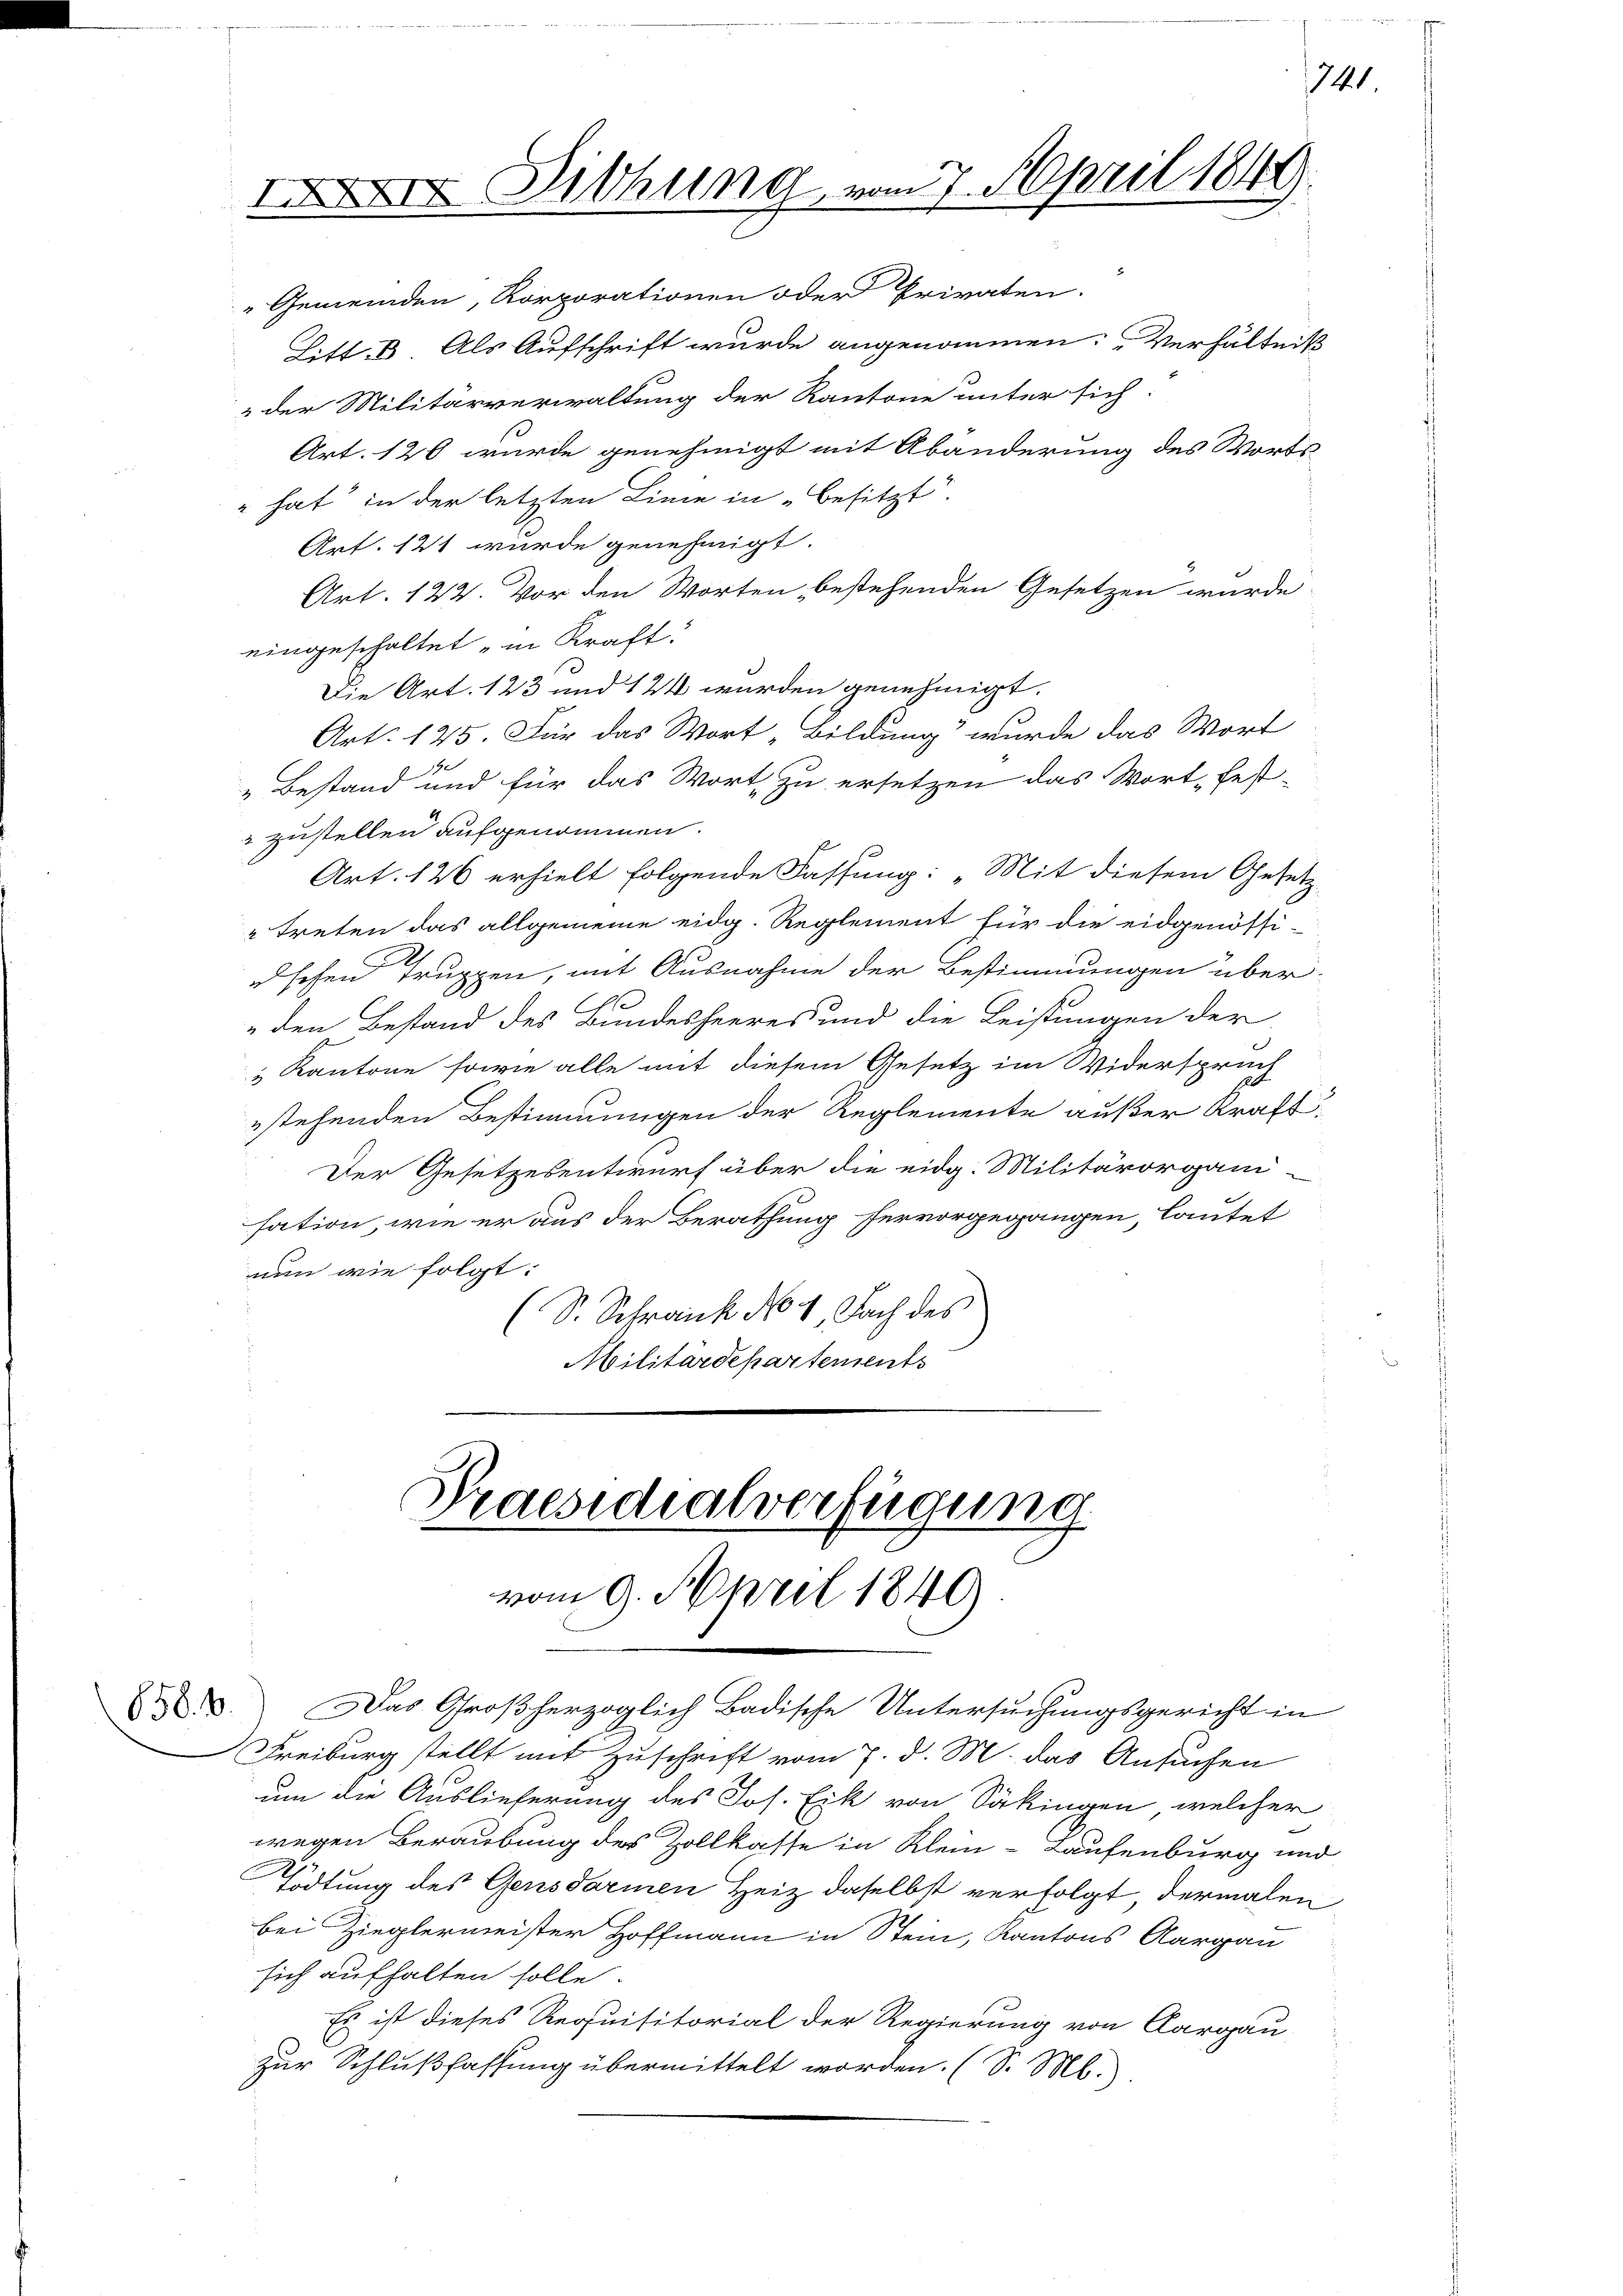
der Militärverwaltung der Kantone unter sich
Art. 126 wurde genehmigt mit Abänderung des Worts
" hat in der letzten Linie in „Besitzt.
Art. 121 wurde genehmigt.
Art. 122. Vor den Worten, bestehenden Gesetzen wurde
eingeschaltet in Kraft.
Die Art. 123 und 124 wurden genehmigt.
Art. 125. Für das Wort „Bildung“ wurde das Wort
„Bestand und für das Wort zu ersetzen das Wort fest-
" zustellen aufgenommen.
Art. 126 erhielt folgende Fassung: „Mit diesem Gesetz-
" treten das allgemeine eidg. Reglement für die eidgenössi-
schen Truppen, mit Ausnahme der Bestimmungen über-
den Bestand des Bundesheeres und die Leistungen der
" Kantone sowie alle mit diesem Gesetz im Widerspruch
stehenden Bestimmungen der Reglemente außer Kraft
Der Gesetzesentwurf über die eidg. Militärorgani-
sation, wie er aus der Berathung hervorgegangen, lautet
nun wie folgt:
(S. Schranck No 4 Fach des
Militärdepartements

II Dithung vom 7. April 1844

" Gemeinden, Korporationen oder Privaten.
Litt. B. Als Aufschrift wurde angenommen. Verhältniß

Praesidialverfügung
vom 9. April 1840
 3. Das Großherzoglich Badische Untersuchungsgericht in

Freiburg stellt mit Zuschrift vom 7. d. M. das Ansuchen
um die Auslieferung des Jos. Eik von Säkingen, welcher
wegen Beraubung des Zollkasse in Klein-Laufenburg und
Tödtung des Gensdarmen Heiz daselbst verfolgt, dermalen
bei Zieglermeister Hoffmann in Stein, Kantons Aargau
sich aufhalten solle.
Es ist dieses Requisitorial der Regierung von Aargau,
zur Schlußfassung übermittelt worden. (S. M.

741